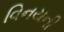
વિનયની